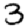
Digit: 3